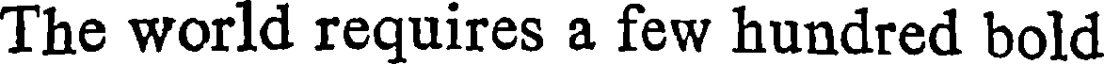
The world requires a few hundred bold